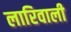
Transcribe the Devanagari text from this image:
लारिवाली